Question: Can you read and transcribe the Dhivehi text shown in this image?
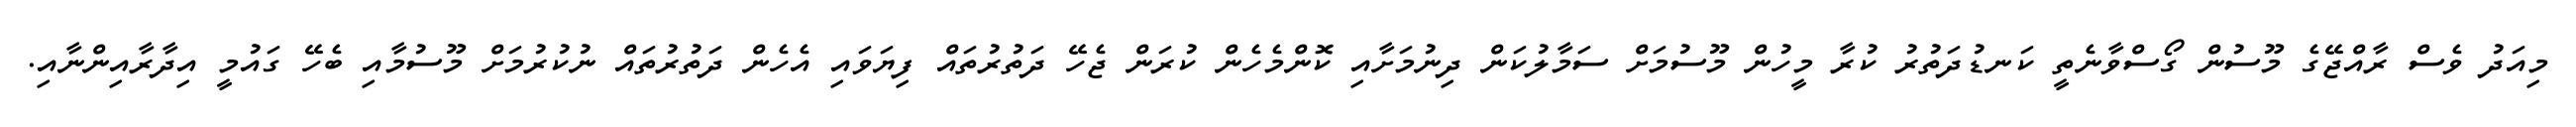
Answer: މިއަދު ވެސް ރާއްޖޭގެ މޫސުން ގޯސްވާނެތީ ކަނޑުދަތުރު ކުރާ މީހުން މޫސުމަށް ސަމާލުކަން ދިނުމަށާއި ކޮންމެހެން ކުރަން ޖެހޭ ދަތުރުތައް ފިޔަވައި އެހެން ދަތުރުތައް ނުކުރުމަށް މޫސުމާއި ބެހޭ ގައުމީ އިދާރާއިންނާއި.